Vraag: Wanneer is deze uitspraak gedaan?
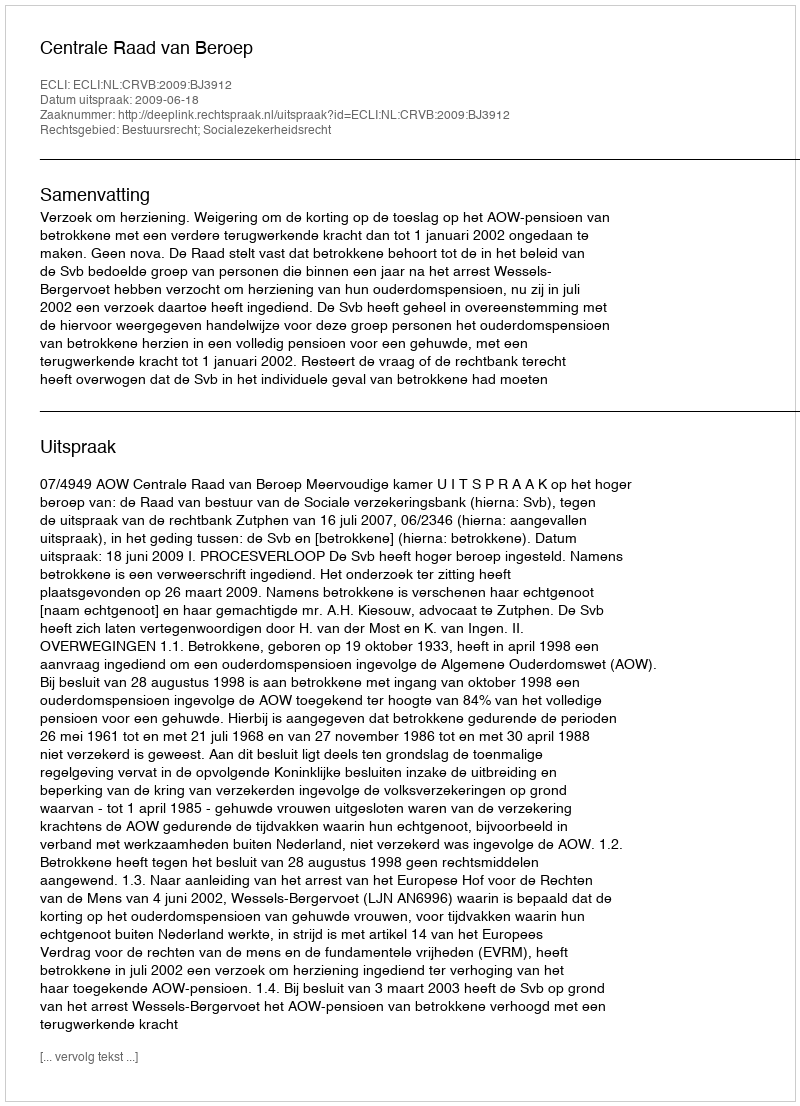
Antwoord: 2009-06-18